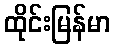
ထိုင်းမြန်မာ